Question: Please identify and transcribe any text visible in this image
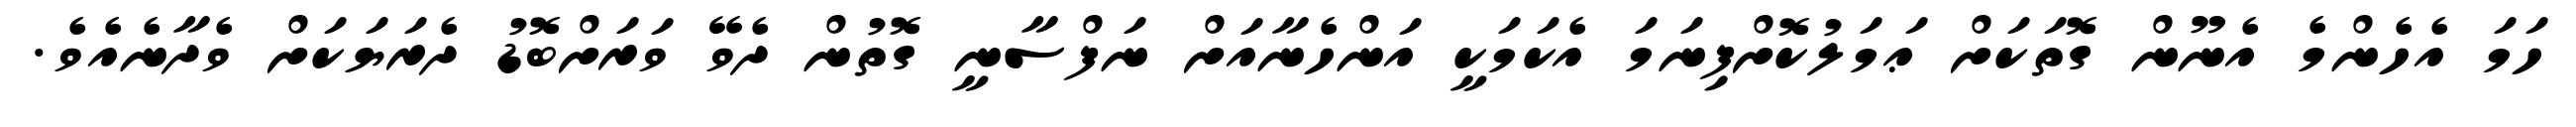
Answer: ހަމަ އެހެންމެ އެނޫން ގޮތަކަށް ޢަމަލުކޮށްފިނަމަ އެކަމަކީ އަންހެނާއަށް ނަފްސާނީ ގޮތުން ދެވޭ ވަރަށްބޮޑު ދެރަޔަކަށް ވެދާނެއެވެ.